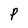
Character: P